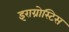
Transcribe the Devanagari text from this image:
इराग्रोस्टिस